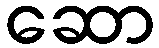
ဆော